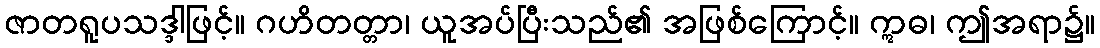
ဇာတရူပသဒ္ဒါဖြင့်။ ဂဟိတတ္တာ၊ ယူအပ်ပြီးသည်၏ အဖြစ်ကြောင့်။ ဣဓ၊ ဤအရာ၌။